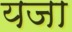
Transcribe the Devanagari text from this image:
यजा